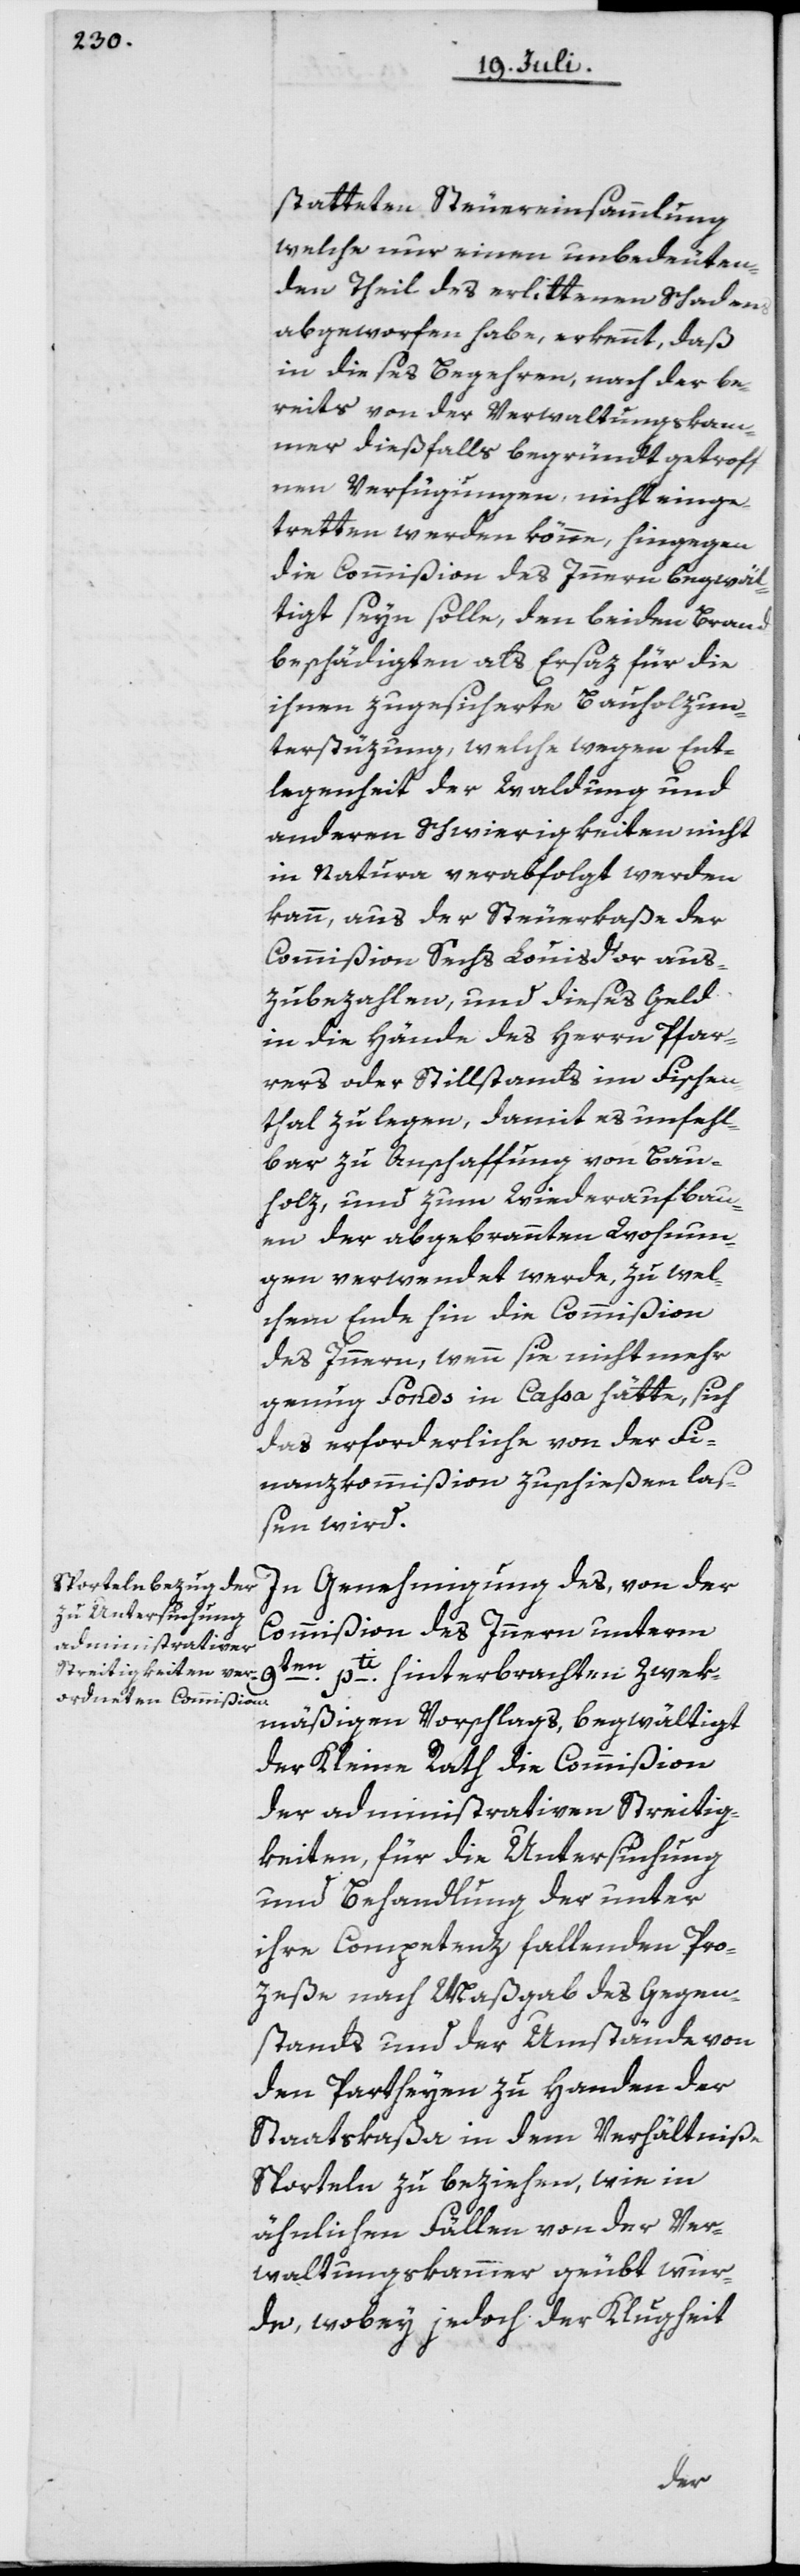
statteten Steuereinsammlung
welche nur einen unbedeuten¬
den Theil des erlittenen Schadens
abgeworfen habe, erkennt, daß
in dieses Begehren, nach der be¬
reits von der Verwaltungskam¬
mer dießfalls begründt [sic!] getroff¬
nen Verfügungen, nicht einge¬
tretten werden könne, hingegen
die Commißion des Innern begwäl¬
tigt seyn solle, den beiden Brand¬
beschädigten als Ersaz für die
ihnen zugesicherte Bauholzun¬
terstüzung, welche wegen Ent¬
legenheit der Waldung und
anderen Schwierigkeiten nicht
in Natura verabfolgt werden
kann, aus der Steuerkaße der
Commißion Sechs Louis d’or aus¬
zubezahlen, und dieses Geld
in die Hände des Herrn Pfar¬
rers oder Stillstands im Fischen¬
thal zu legen, damit es unfehl¬
bar zu Anschaffung von Bau¬
holz, und zum Wiederaufbau¬
en der abgebrannten Wohnun¬
gen verwendet werde, zu wel¬
chem Ende hin dieCommißion
des Innern, wenn sie nicht mehr
genug Fonds in Cassa hätte, sich
das erforderliche von der Fi¬
nanzkommißion zuschießen laß¬
en wird.
In Genehmigung des, von der
Commißion des Innern unterm
hinterbrachten zwek¬
mäßigen Vorschlags, begwältigt
der Kleine Rath die Commißion
der administrativen Streitig¬
keiten, für die Untersuchung
und Behandlung der unter
ihre Competenz fallenden Pro¬
zeße nach Maßgab des Gegen¬
stands und der Umstände von
den Partheyen zu Handen der
Staatskaßa in dem Verhältniße
Sporteln zu beziehen, wie in
ähnlichen Fällen von der Ver¬
waltungskammer geübt wer¬
de, wobey jedoch der Klugheit